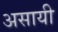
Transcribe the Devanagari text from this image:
असायी